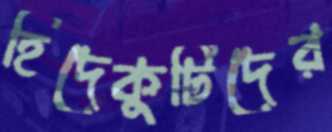
হিদেকুটিদের